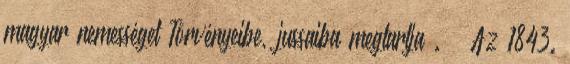
magyar nemességet Törvényeibe, jussaiba megtartja . ” Az 1843.